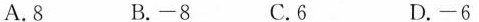
A.8 B.-8 C.6 D.-6